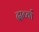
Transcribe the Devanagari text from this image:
दाव्यां